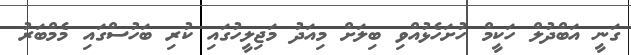
ގަނީ އަބްދުލް ހަކީމް ހުށަހެޅުއްވި ބިލަށް މިއަދު މަޖިލީހުގައި ކުރި ބަހުސްގައި މެމްބަރު